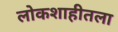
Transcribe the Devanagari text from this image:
लोकशाहीतला